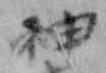
神